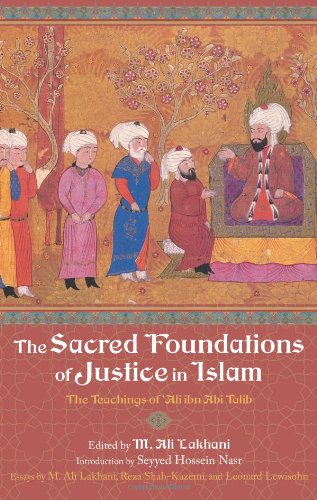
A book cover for The Sacred Foundations of Justice in Islam: The Teachings of 'Ali ibn Abi Talib (Perennial Philosophy); Reza Shah-Kazemi; Religion & Spirituality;